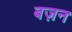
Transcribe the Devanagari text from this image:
बज़न